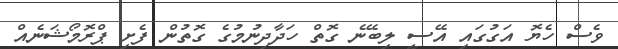
ވެސް ހެޔޮ އަގުގައި އޭސީ ލިބޭނެ ގޮތް ހަދާދިނުމުގެ ގޮތުން ފެށި ޕްރޮމޯޝަނެއް